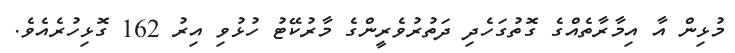
މުޅިން އާ އިމާރާތެއްގެ ގޮތުގަހެދި ދަތުރުވެރީންގެ މާރުކޭޓު ހުޅުވި އިރު 162 ގޮޅިހުރެއެވެ.